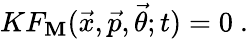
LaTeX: KF_{\mathbf{M}}({\vec{{x}}},{\vec{{p}}},{\vec{{\theta}}};t)=0\ .